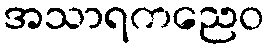
အသာရကညေဝ